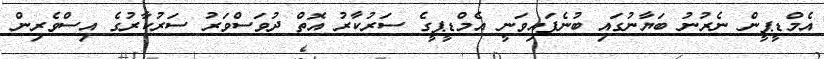
އެމްޑީޕީން ނެރުނު ބަޔާނުގައި ބުނެފައިވަނީ އެމްޑީޕީގެ ސަރުކާރު އޮތް ދުވަސްވަރު ސަރުކާރުގެ އިސްވެރިން